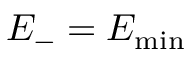
E _ { - } = E _ { \operatorname* { m i n } }